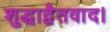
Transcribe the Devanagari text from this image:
शुद्धाद्वैतवाद।